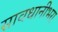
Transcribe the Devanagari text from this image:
सावधानीभरा